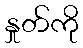
နှုတ်ကို